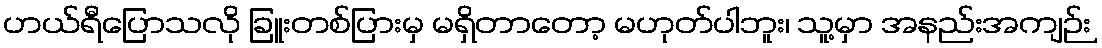
ဟယ်ရီပြောသလို ခြူးတစ်ပြားမှ မရှိတာတော့ မဟုတ်ပါဘူး၊ သူ့မှာ အနည်းအကျဉ်း